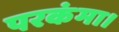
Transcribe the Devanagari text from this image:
परकंमा।